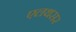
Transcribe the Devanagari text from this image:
एलथसर